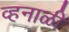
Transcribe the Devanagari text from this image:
व्हनाळी